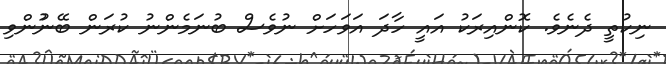
ނިކުތީ ދެނެވެ. ކޮންއިރަކު އައީ ހާދަ އަވަހަށް ނުވެސް ބުނަމެންނު ކުރަން ބޭނުުންވި